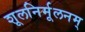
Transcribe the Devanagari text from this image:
शूलनिर्मूलनम्